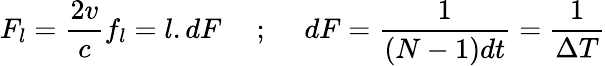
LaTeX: F_{l}=\frac{2v}{c}f_{l}=l.dF\quad\mathrm{~;~}\quad dF=\frac{1}{(N-1)dt}=\frac{1}{\Delta T}